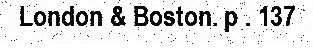
London & Boston. p . 137